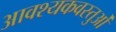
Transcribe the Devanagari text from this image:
आवश्यकवस्तुओं